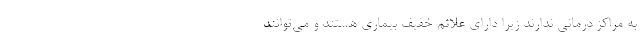
به مراکز درمانی ندارند زیرا دارای علائم خفیف بیماری هستند و می‌توانند